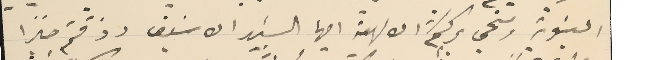
البنوية ومنحي بركتكم الالهية ايها السَيد الاسَيف رذقتم صبرًا